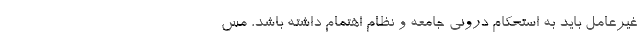
غیرعامل‌ باید به استحکام درونی جامعه و نظام اهتمام داشته باشد، مس